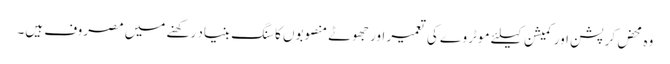
وہ محض کرپشن اور کمیشن کیلئے موٹر وے کی تعمیر اور جھوٹے منصوبوں کا سنگ بنیاد رکھنے میں مصروف ہیں۔